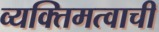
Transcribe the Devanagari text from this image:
व्यक्तिमत्वाची